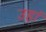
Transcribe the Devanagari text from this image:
उहां